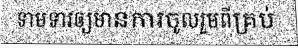
ទាមទារឲ្យមានការចូលរួមពីគ្រប់